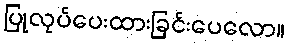
ပြုလုပ်ပေးထားခြင်းပေလော။